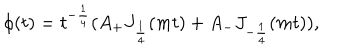
\phi ( t ) = t ^ { - \frac { 1 } { 4 } } ( A _ { + } J _ { \frac { 1 } { 4 } } ( m t ) + A _ { - } J _ { - \frac { 1 } { 4 } } ( m t ) ) ,